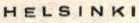
HELSINKI